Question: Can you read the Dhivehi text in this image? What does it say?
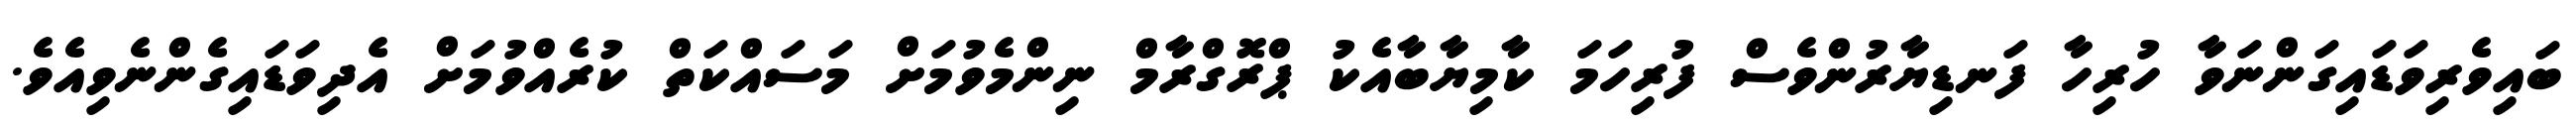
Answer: ބައިވެރިވަޑައިގަންނަވާ ހުރިހާ ފަނޑިޔާރުންވެސް ފުރިހަމަ ކާމިޔާބާއެކު ޕްރޮގްރާމް ނިންމެވުމަށް މަސައްކަތް ކުރެއްވުމަށް އެދިވަޑައިގެންނެވިއެވެ.